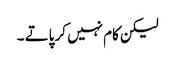
لیکن کام نہیں کر پاتے ۔